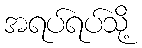
အရပ်ရပ်သို့